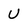
Character: U